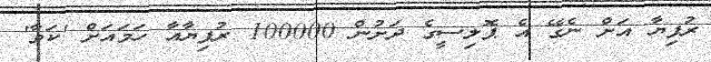
ރުފިޔާ އަށް ނެގޭ އެ ޕޮލިސީގެ ދަށުން 100000 ރުފިޔާއާ ހަަމައަށް 'ކަވާ'